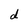
Character: d